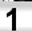
Digit: 1